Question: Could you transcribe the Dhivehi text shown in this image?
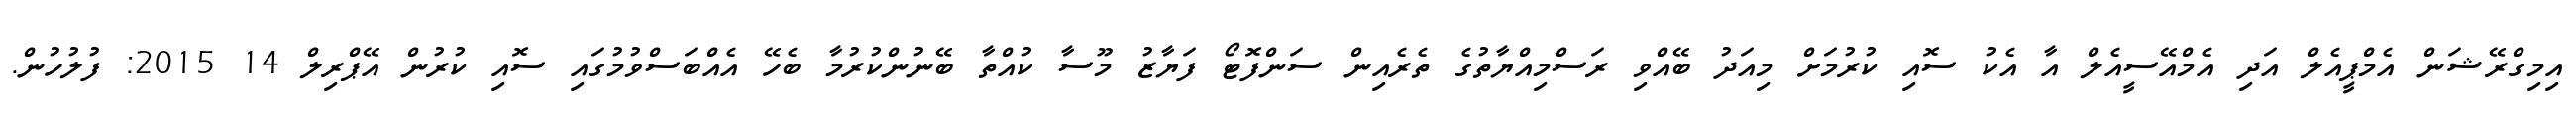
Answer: އިމިގްރޭޝަން އެމްޕީއެލް އަދި އެމްއޭސީއެލް އާ އެކު ސޮއި ކުރުމަށް މިއަދު ބޭއްވި ރަސްމިއްޔާތުގެ ތެރެއިން ސަންފޮޓޯ ފަޔާޒު މޫސާ ކުއްތާ ބޭނުންކުރުމާ ބެހޭ އެއްބަސްވުމުގައި ސޮއި ކުރުން އޭޕްރިލް 14 2015: ފުލުހުން.